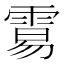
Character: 𩃮